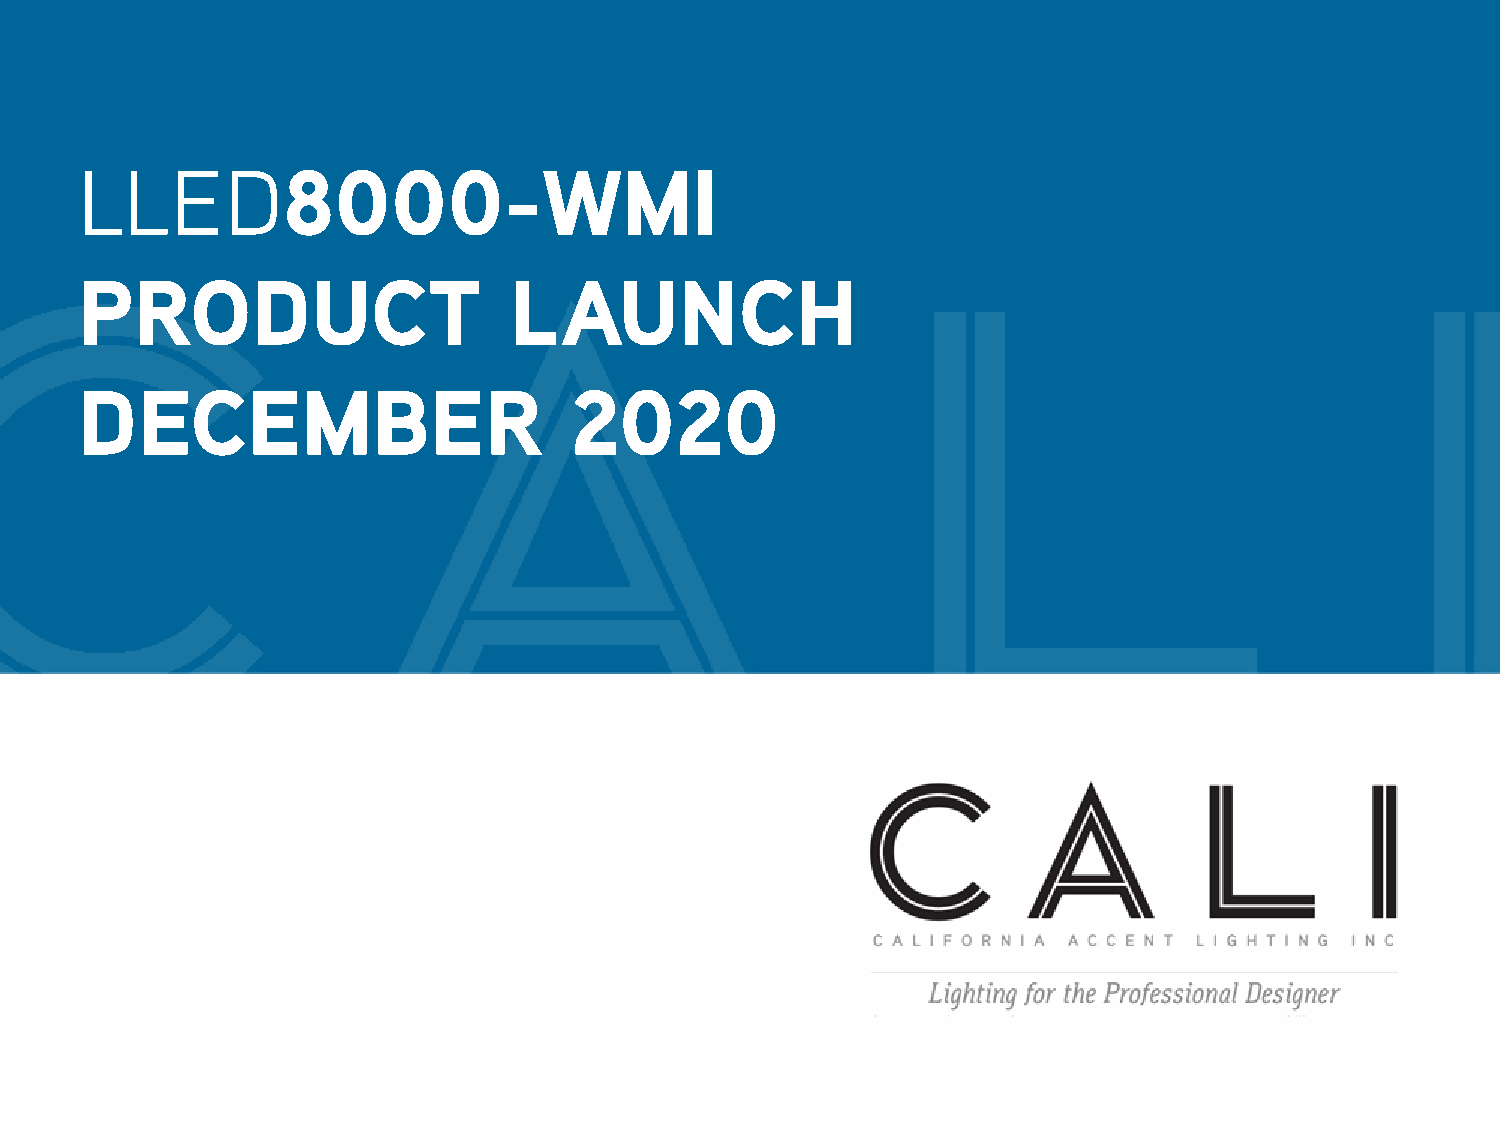
LLED8000-WMI
 PRODUCT                      LAUNCH
 DECEMBER                         2020